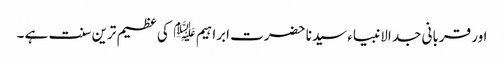
اور قربانی جد الانبیاء سیدنا حضرت ابراہیم ﷤ کی عظیم ترین سنت ہے ۔